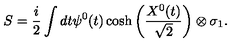
S = \frac { i } { 2 } \int d t \psi ^ { 0 } ( t ) \cosh \left( \frac { X ^ { 0 } ( t ) } { \sqrt { 2 } } \right) \otimes \sigma _ { 1 } .